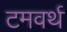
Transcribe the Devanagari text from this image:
टमवर्थ